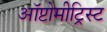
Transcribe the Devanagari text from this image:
ऑप्टोमीट्रिस्ट